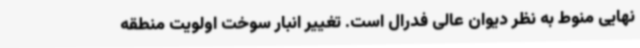
نهایی منوط به نظر دیوان عالی فدرال است. تغییر انبار سوخت اولویت منطقه